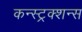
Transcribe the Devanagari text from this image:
कन्स्ट्रक्शन्स